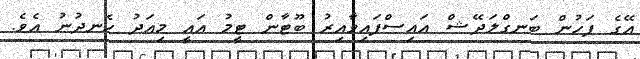
އޭގެ ފަހުން ބަނގްލަދޭޝް އައިސްފައިވާއިރު ބޫޓާން ޓީމު އައީ މިއަދު ހެނދުނު އެވެ.